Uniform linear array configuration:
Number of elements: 16
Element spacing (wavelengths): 1
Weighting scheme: binomial
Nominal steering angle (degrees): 30
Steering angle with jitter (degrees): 31.402
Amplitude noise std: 0.05
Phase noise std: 0.05

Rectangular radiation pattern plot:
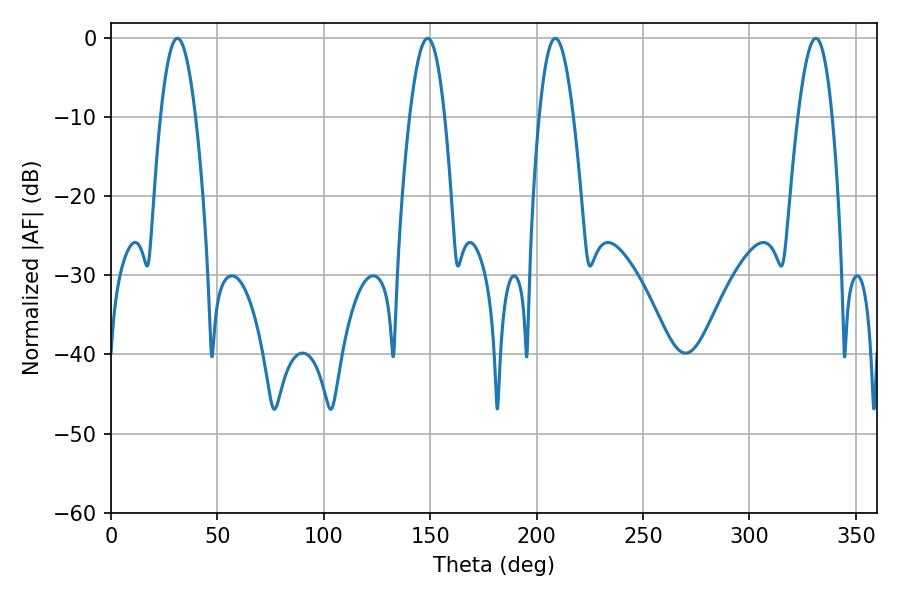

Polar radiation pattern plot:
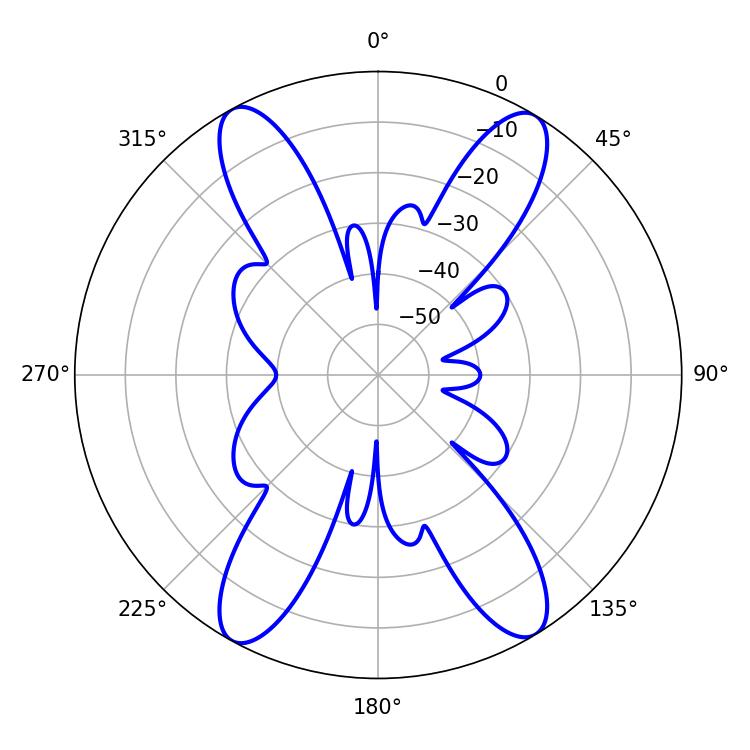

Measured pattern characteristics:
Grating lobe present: TRUE
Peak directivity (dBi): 21.376
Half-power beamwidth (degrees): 8.82
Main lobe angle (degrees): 208.8